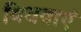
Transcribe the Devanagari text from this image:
विधवाएं